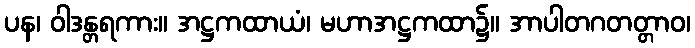
ပန၊ ဝါဒန္တရကား။ အဋ္ဌကထာယံ၊ မဟာအဋ္ဌကထာ၌။ အာပါတဂတတ္တာဝ၊